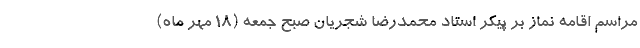
مراسم اقامه نماز بر پیکر استاد محمدرضا شجریان صبح جمعه (۱۸ مهر ماه)